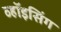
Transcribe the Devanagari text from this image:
व्हॉइसिंग